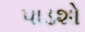
પાડશો